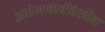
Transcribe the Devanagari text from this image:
आतेभावाचीदेखील